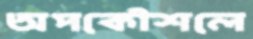
অপকৌশলে